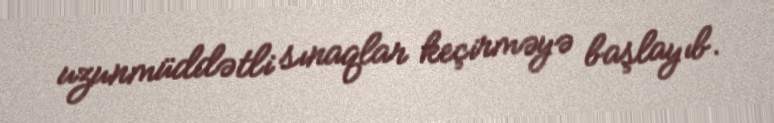
uzunmüddətli sınaqlar keçirməyə başlayıb.